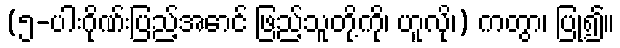
(၅-ပါးဂိုဏ်းပြည့်အောင် ဖြည့်သူတို့ကို၊ ဟူလို၊) ကတွာ၊ ပြု၍။